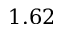
1 . 6 2